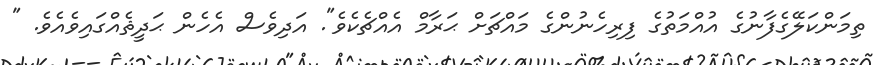
ތިމަންކަލޭގެފާނުގެ އުއްމަތުގެ ފިރިހެނުންގެ މައްޗަށް ޙަރާމް އެއްޗެކެވެ". އަދިވެސް އެހެން ޙަދީޘެއްގައިވެއެވެ. "